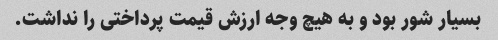
بسیار شور بود و به هیچ وجه ارزش قیمت پرداختی را نداشت.